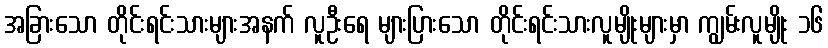
အခြားသော တိုင်းရင်းသားများအနက် လူဦးရေ များပြားသော တိုင်းရင်းသားလူမျိုးများမှာ ကျွမ်းလူမျိုး ၁၆